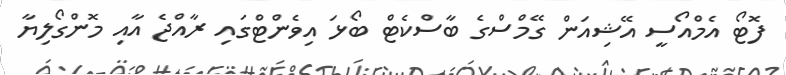
ފޮޓޯ އެމްއޯސީ އޭޝިއަން ގޭމްސްގެ ބާސްކެޓް ބޯޅަ އިވެންޓްގައި ރާއްޖެ އާއި މޮންގޯލިޔާ